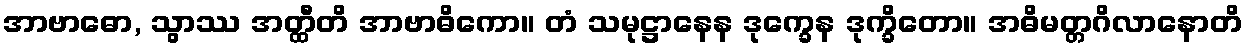
အာဗာဓော, သွာဿ အတ္ထီတိ အာဗာဓိကော။ တံ သမုဋ္ဌာနေန ဒုက္ခေန ဒုက္ခိတော။ အဓိမတ္တဂိလာနောတိ